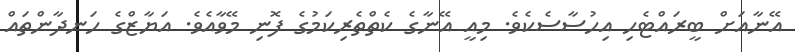
އޭނާއަށް ބީރައްޓެހި އިހުސާސެކެވެ. މިއީ އޭނާގެ ކެތްތެރިކަމުގެ ފޮނި މޭވާއެވެ. އަޔާޒްގެ ހަނދާންތައް